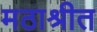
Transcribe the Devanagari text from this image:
मठाश्रीत